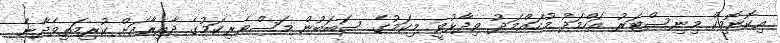
އިކޮނޮމިކް މިނިސްޓަރު އަހްމަދު މުހައްމަދު ވިދާޅުވީ މިކަމުގެ ސަބަބުން މަސްވެރިކަމުގެ ދާއިރާއަށް ކުރިމަތިވެދާނެ